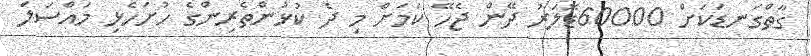
ގާތްގަނޑަކަށް 60000ޑޮލަރު ދޭން ޖެހޭ ކަމަށް މި ދެ ކުޅުންތެރިންގެ ހުށަހެޅި މައްސަލަ